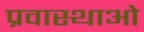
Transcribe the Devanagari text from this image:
प्रवास्थाओ